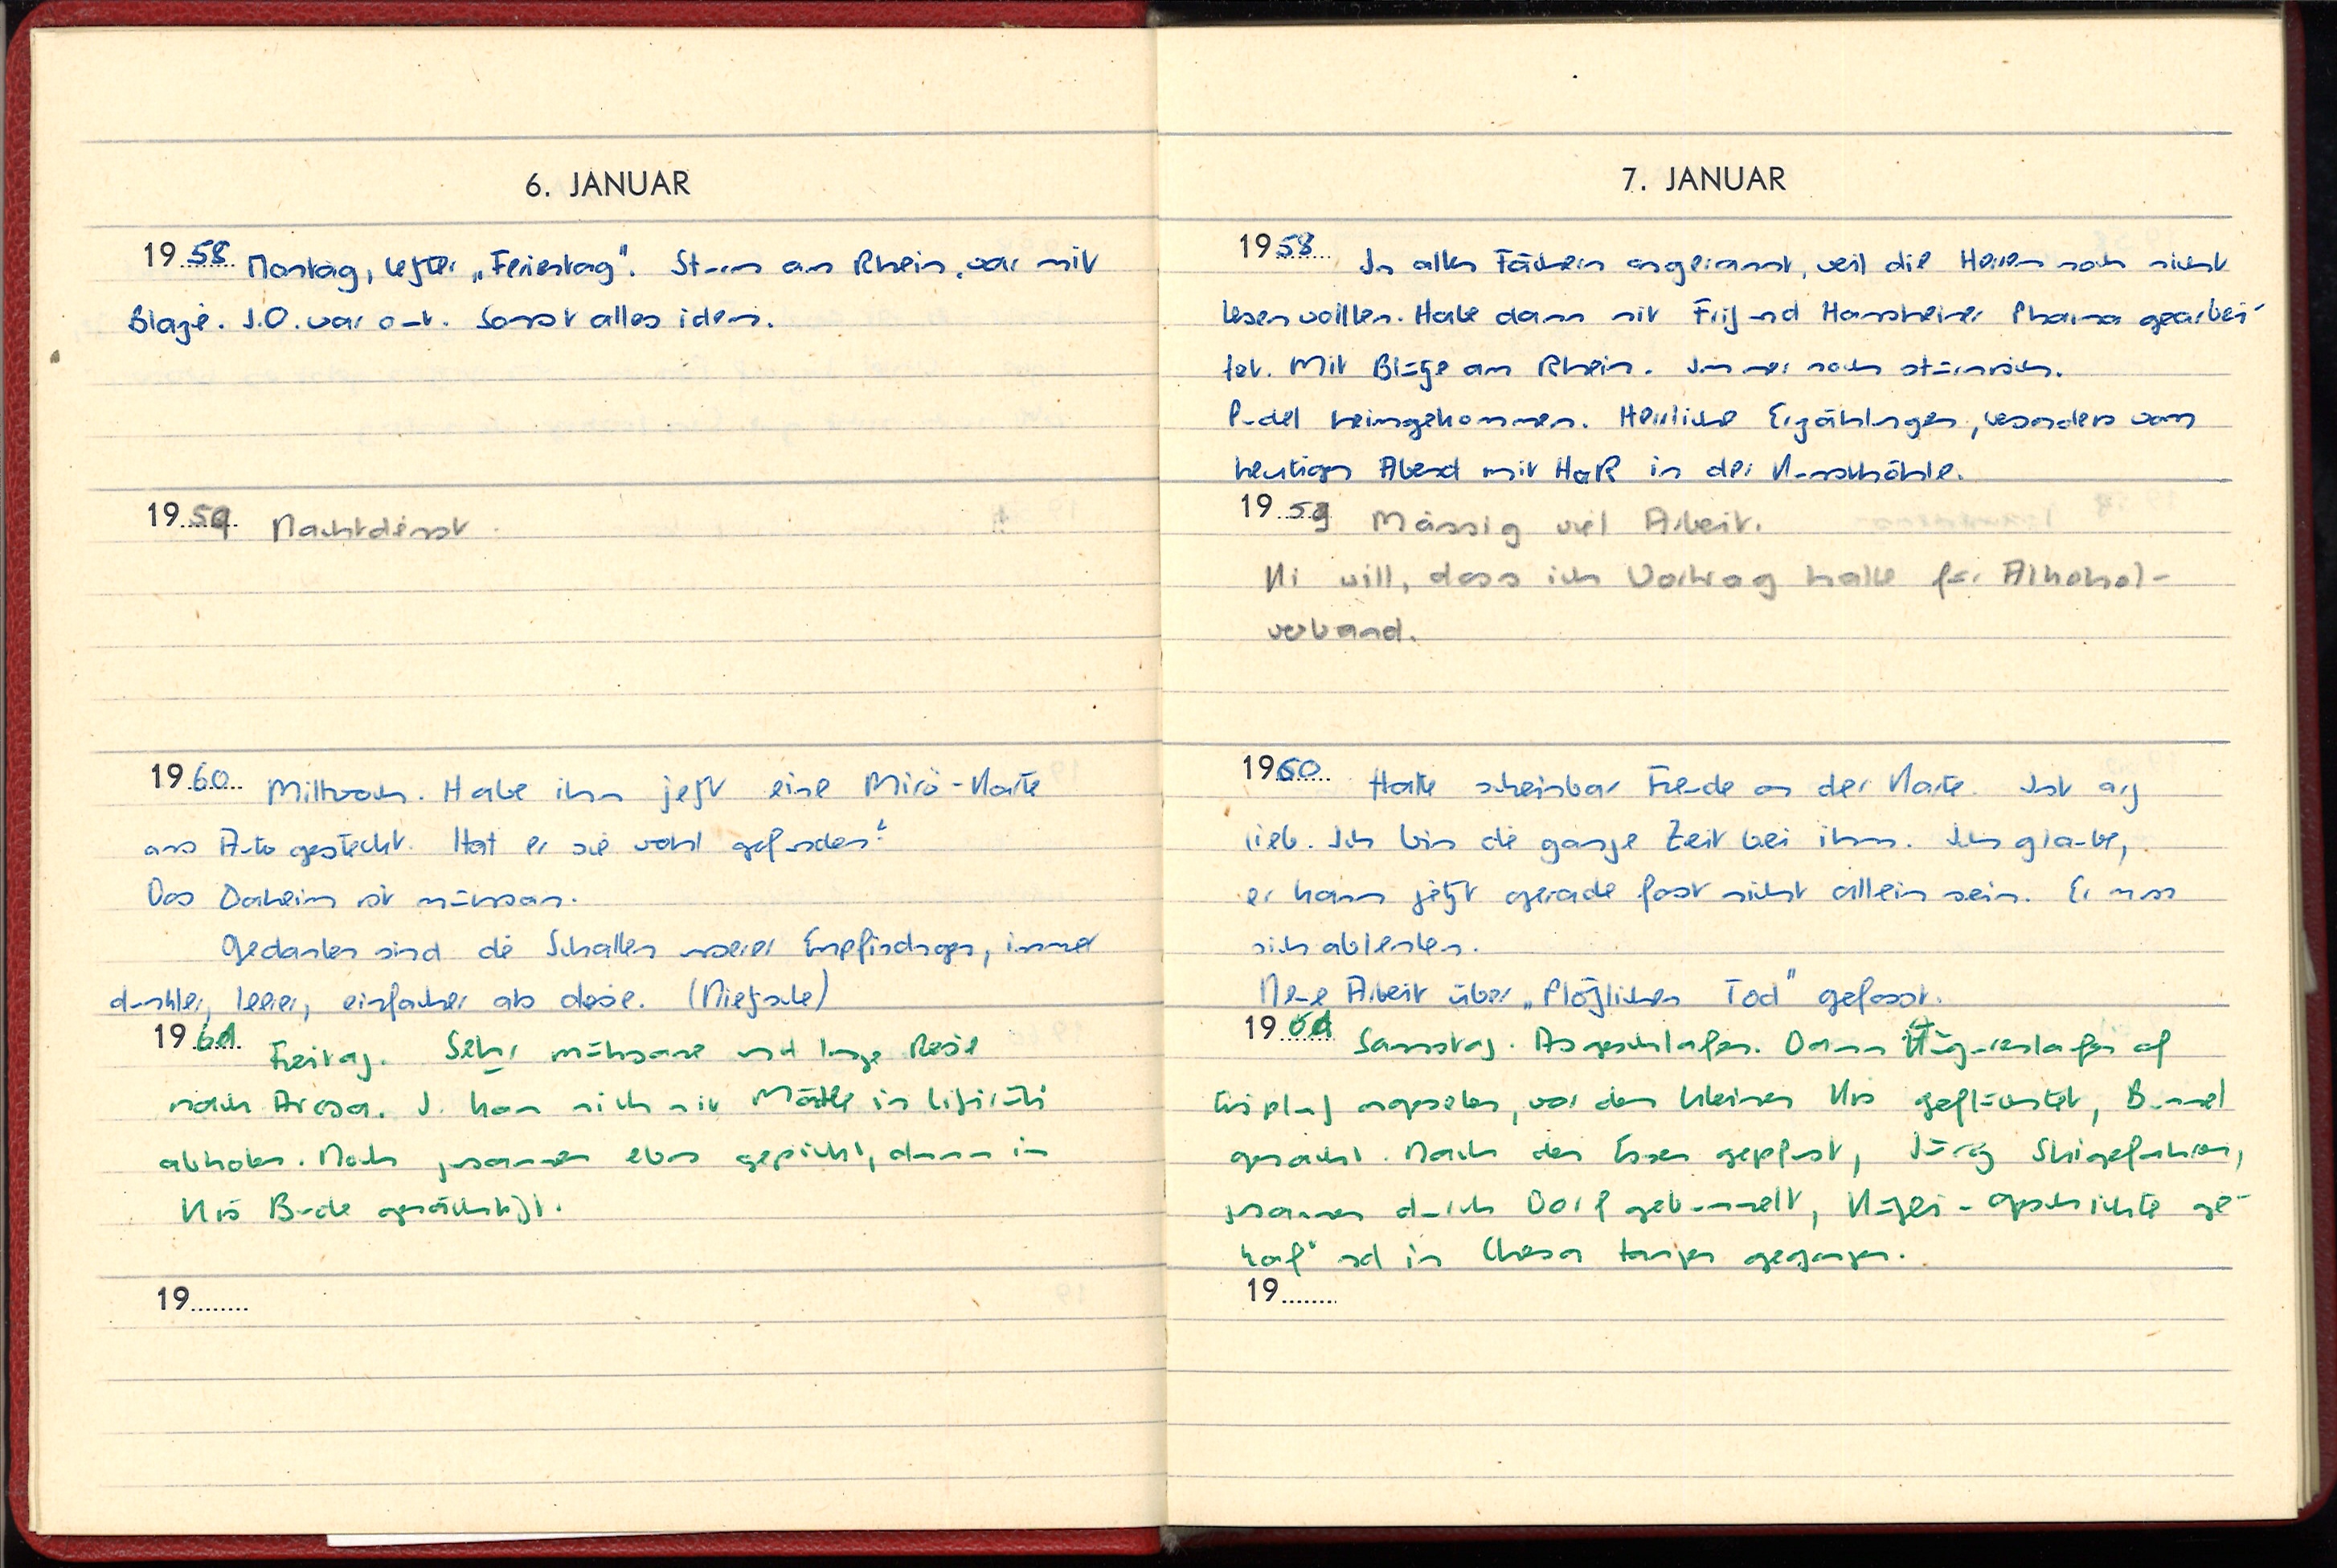
6. JANUAR
1958 Montag, letzter „Feiertag“. Sturm am Rhein, war mit
Blazie. J.O. war auch. Sonst alles idem.
1959 Nachtdienst
1960 Mittwoch. Habe ihm jetzt eine Mirò-Karte
ans Auto gesteckt. Hat er sie wohl gesehen?
Das Daheim ist mühsam.
Gedanken sind die Schallen unserer Empfindungen, immer
dunkler, leerer, einfacher als diese. (Nietzsche)
1961 Freitag. Sehr mühsame und lange Reise
nach Arosa. J. kam sich sin Mätle in Lifireli
abholen. Noch zusammen etwas gepicht, dann in
Ks. Bude genächtigt.
19

7. JANUAR
1958 In allen Fächern angerannt, weil die Herren noch nicht
lesen wollen. Habe dann mit Fritz und Hassteiner Pharma gearbei-
tet. Mit Blaze am Rhein. Immer noch stürmisch.
Pudel heimgekommen. Herrliche Erzählungen, besonders vom
heutigen Abend mit HaR in der Nassthöhle.
1959 Mässig viel Arbeit.
Ki will, dass ich Vortrag halte für Alkohol-
verband.
1960 Hatte scheinbar Freude an der Karte. Ist arg
lieb. Ich bin die ganze Zeit bei ihm. Ich glaube,
er kann jetzt gerade fast nicht allein sein. Er muss
sich ablenken.
Neue Arbeit über „Plötzlichen Tod“ gefasst.
1961 Samstag. Ausgeschlafen. Dann Kugereslaufen auf
Eisplatz angesehen, vor dem kleinen Ks geflüchtet, Bummel
gemacht. Nach dem Essen gepfust, Jürg Skigefahren,
zusammen durch Dorf gebummelt, Keges-Geschichte ge-
hort und in Chesa tanzen gegangen.
19